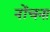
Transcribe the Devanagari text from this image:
नोंचना